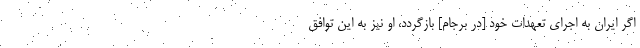
اگر ایران به اجرای تعهدات خود [در برجام] بازگردد، او نیز به این توافق